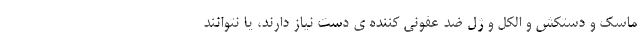
ماسک و دستکش و الکل و ژلِ ضد عفونی کننده ی دست نیاز دارند، یا نتوانند